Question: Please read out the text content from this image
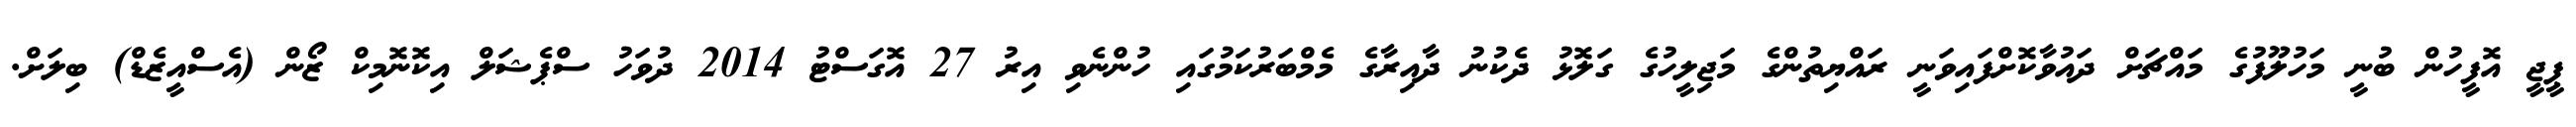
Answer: ޕީޖީ އޮފީހުން ބުނީ މަހުލޫފުގެ މައްޗަށް ދައުވާކޮށްފައިވަނީ ރައްޔިތުންގެ މަޖިލީހުގެ ގަލޮޅު ދެކުނު ދާއިރާގެ މެމްބަރުކަމުގައި ހުންނެވި އިރު 27 އޮގަސްޓު 2014 ދުވަހު ސްޕެޝަލް އިކޮނޮމިކް ޒޯން (އެސްއީޒެޑް) ބިލަށް.